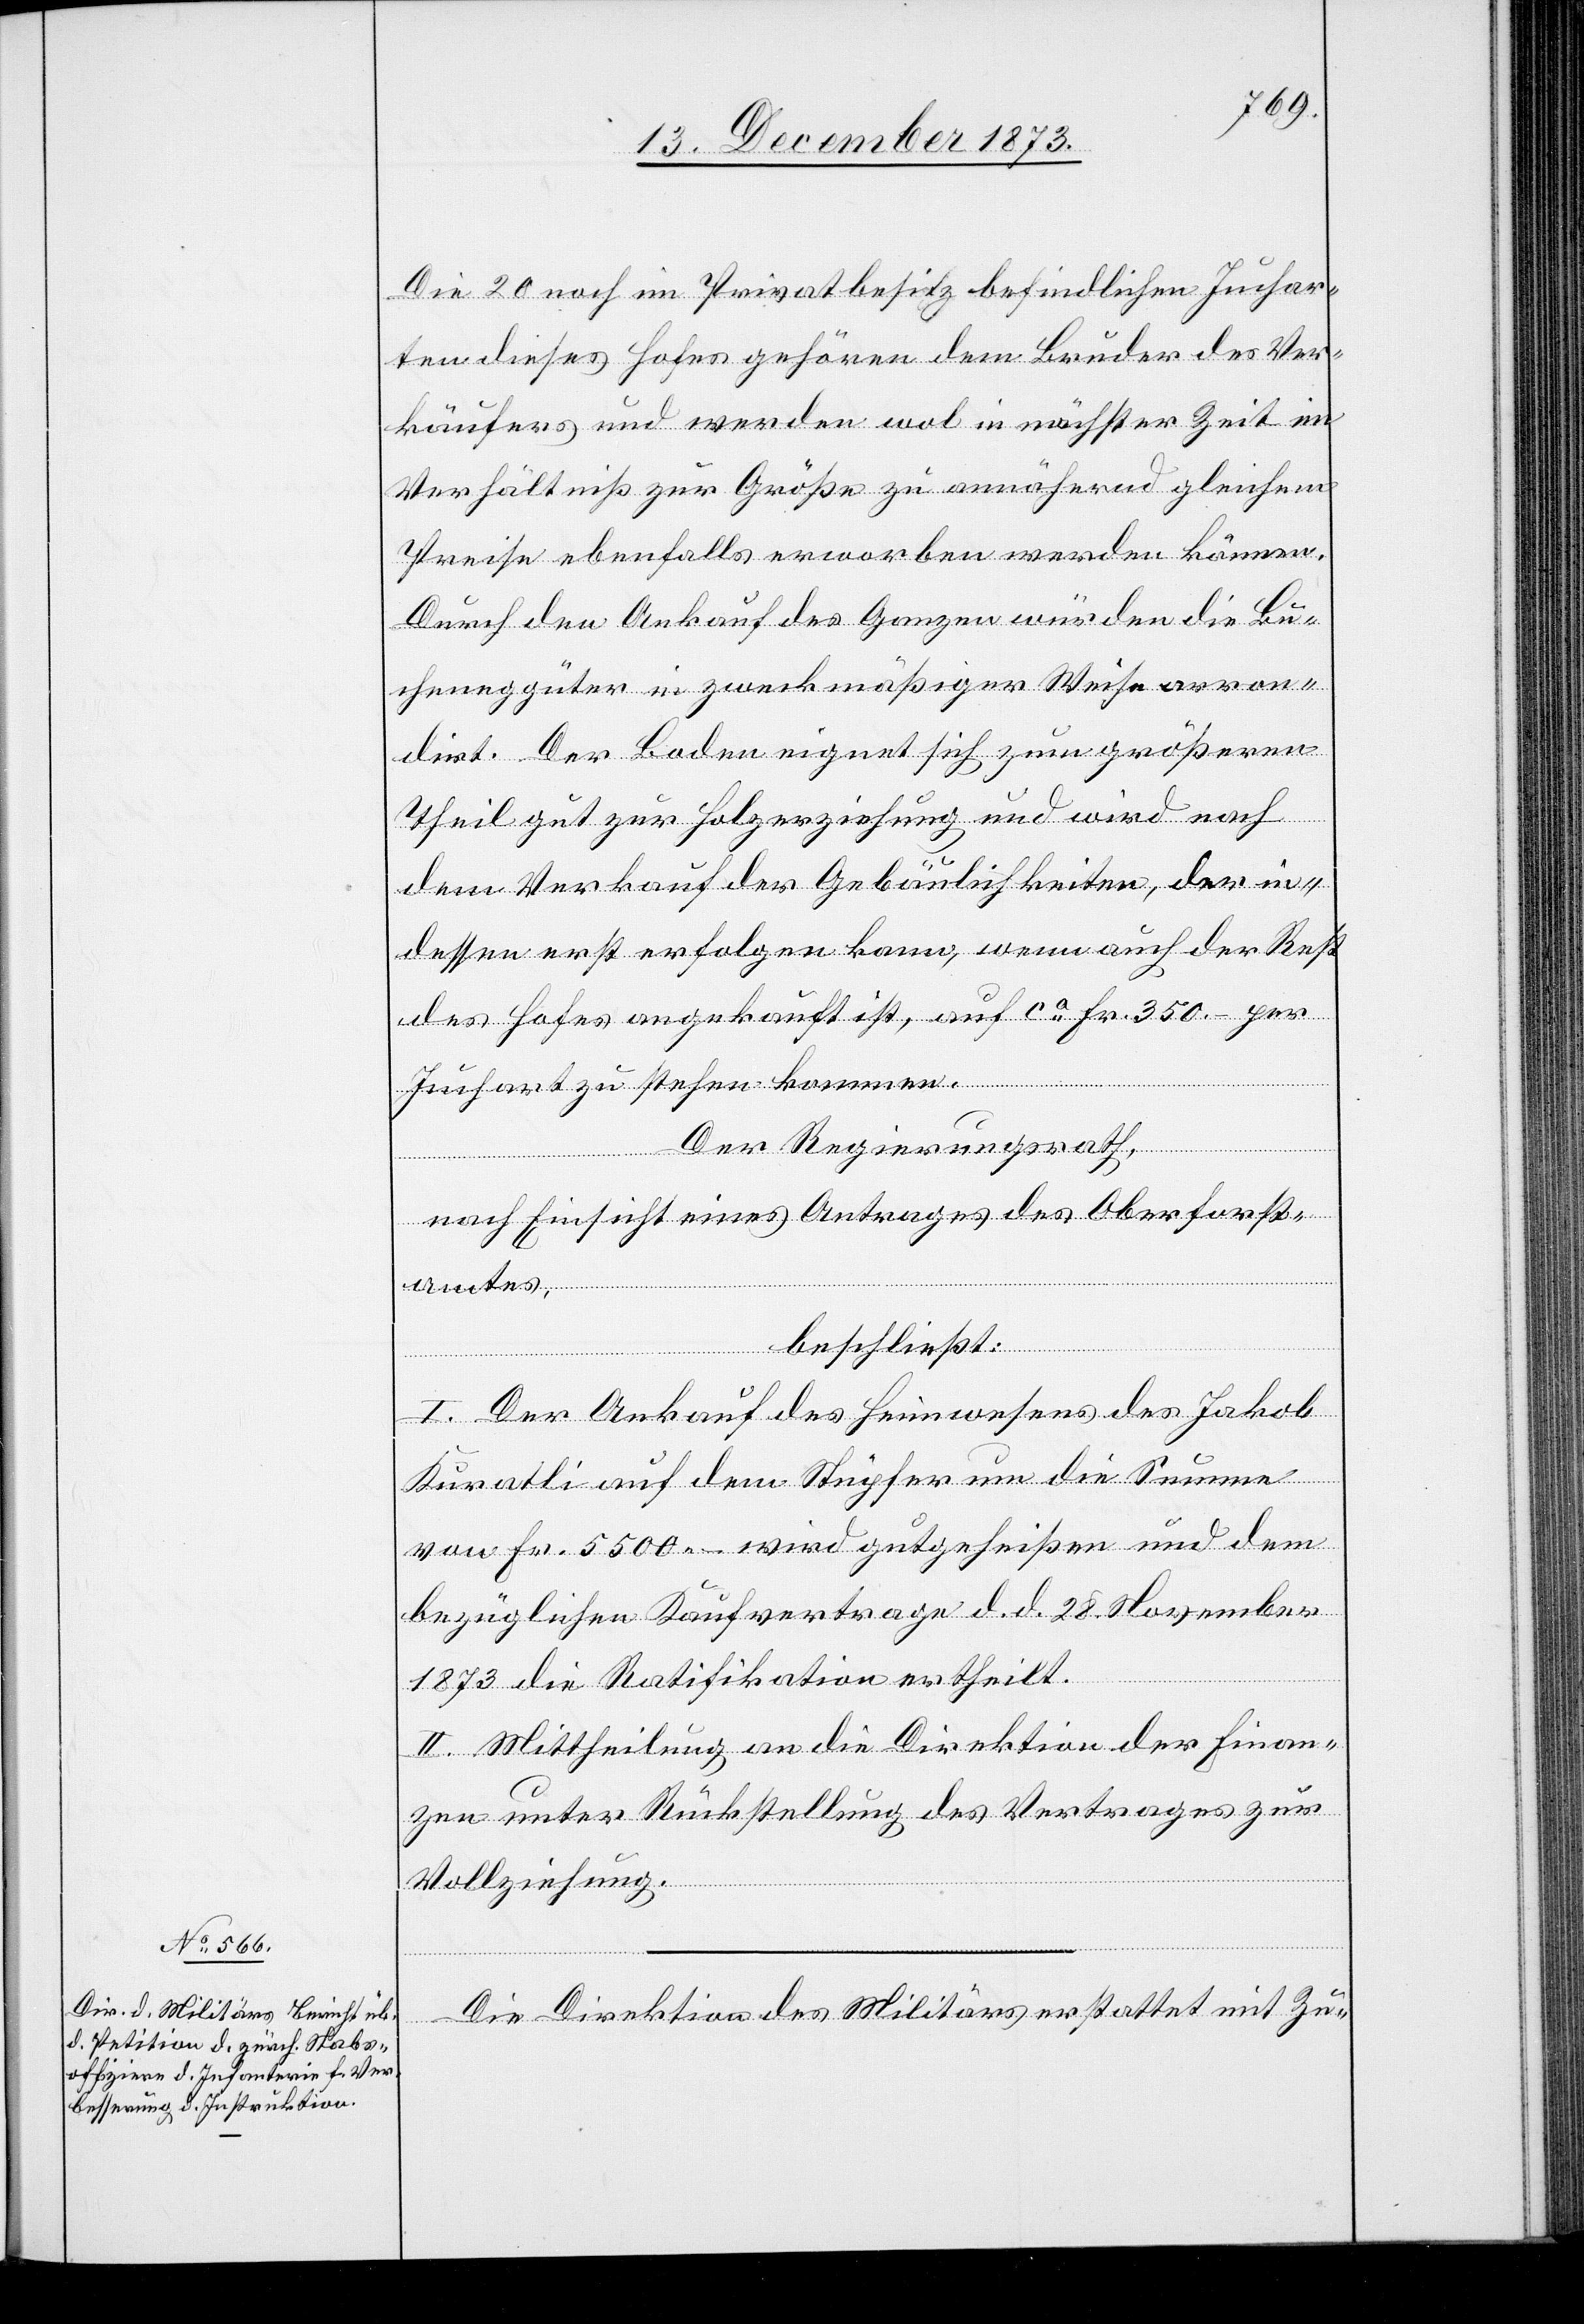
Die 20 noch im Privatbesitz befindlichen Juchar¬
ten dieses Hofes gehören dem Bruder des Ver¬
käufers und werden wol in nächster Zeit im
Verhältniß zur Größe zu annähernd gleichem
Preise ebenfalls erworben werden können.
Durch den Ankauf des Ganzen würden die Bu¬
cheneggüter [sic!] in zweckmäßiger Weise arron¬
dirt. Der Boden eignet sich zum größeren
Theil gut zur Holzerziehung und wird nach
dem Verkauf der Gebäulichkeiten, der in¬
dessen erst erfolgen kann, wenn auch der Rest
des Hofes angekauft ist, auf ca Fr. 350 – per
Juchart zu stehen kommen.
Der Regierungsrath,
nach Einsicht eines Antrages des Oberforst¬
amtes,
beschließt:
I. Der Ankauf des Heimwesens des Jakob
Kuratli auf dem Stüpfer um die Summe
von Fr. 5 500 – wird gutgeheißen und dem
bezüglichen Kaufvertrage d. d. 28. November
1873 die Ratifikation ertheilt.
II. Mittheilung an die Direktion der Finan¬
zen unter Rückstellung des Vertrages zur
Vollziehung.
Die Direktion des Militärs erstattet mit Zu-